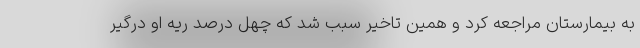
به بیمارستان مراجعه کرد و همین تاخیر سبب شد که چهل درصد ریه او درگیر